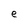
Character: e